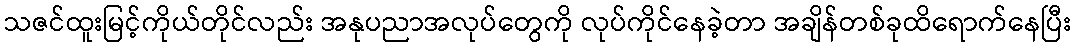
သဇင်ထူးမြင့်ကိုယ်တိုင်လည်း အနုပညာအလုပ်တွေကို လုပ်ကိုင်နေခဲ့တာ အချိန်တစ်ခုထိရောက်နေပြီး